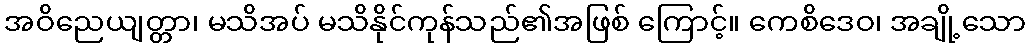
အဝိညေယျတ္တာ၊ မသိအပ် မသိနိုင်ကုန်သည်၏အဖြစ် ကြောင့်။ ကေစိဒေဝ၊ အချို့သော